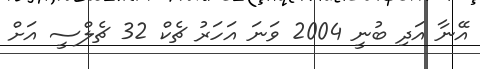
އޭނާ އަދި ބުނީ 2004 ވަނަ އަހަރު ޗެކް 32 ޗެލްސީ އަށް